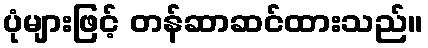
ပုံများဖြင့် တန်ဆာဆင်ထားသည်။